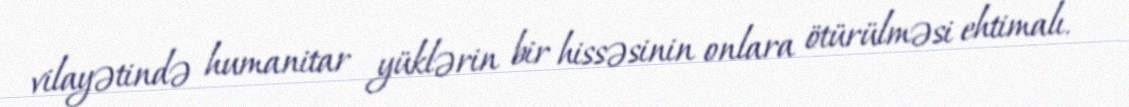
vilayətində humanitar yüklərin bir hissəsinin onlara ötürülməsi ehtimalı.